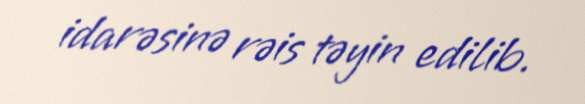
idarəsinə rəis təyin edilib.